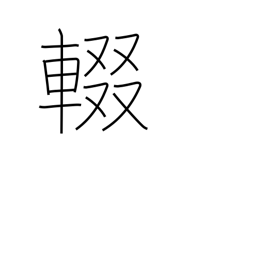
Meaning: stop